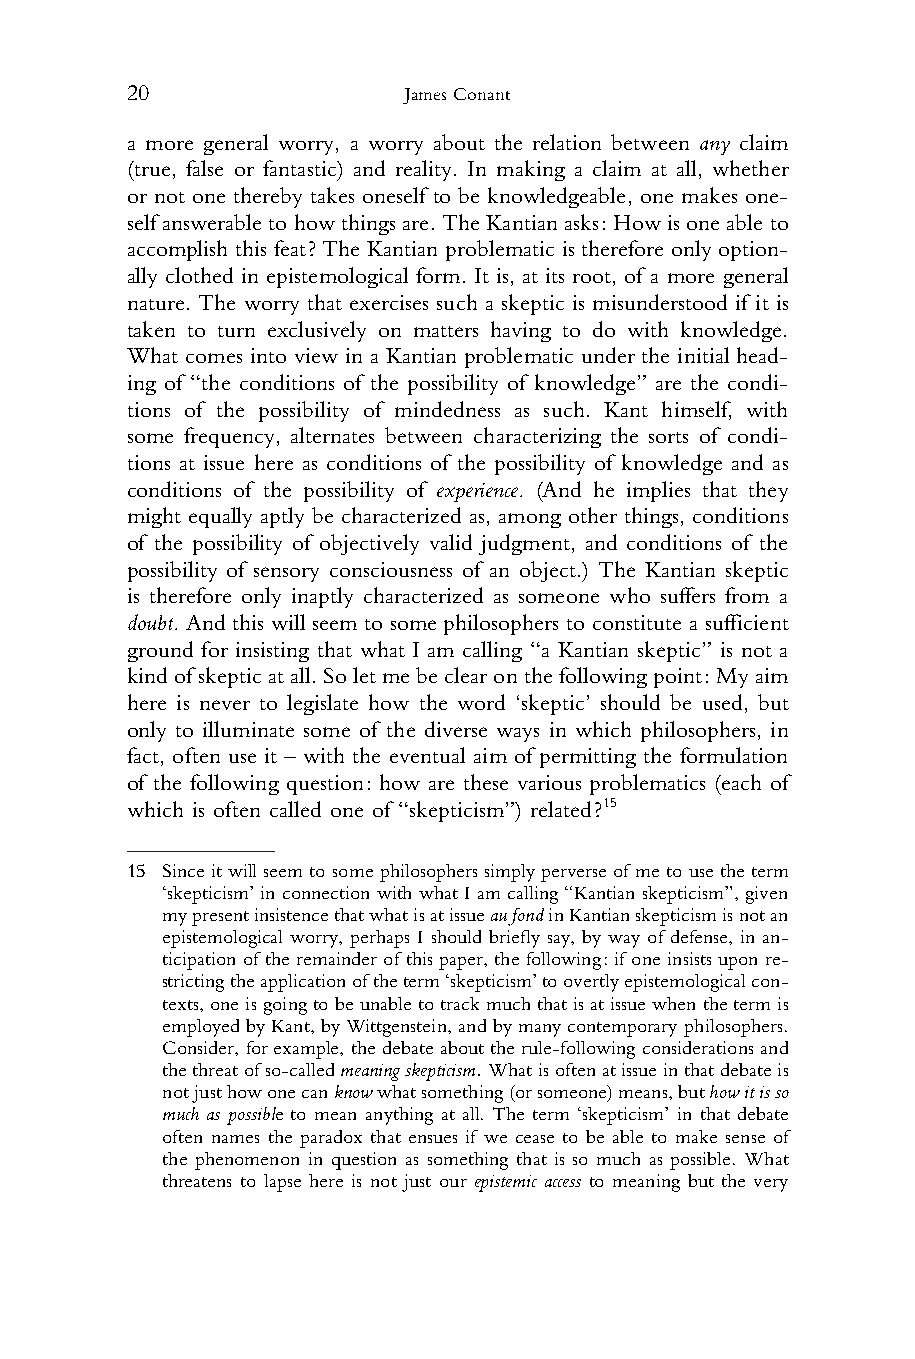
20                 James Conant
 1 a more general worry, a worry about the relation between any claim
 2 (true, false or fantastic) and reality. In making a claim at all, whether
 3 or not one thereby takes oneself to be knowledgeable, one makes one-
 4 selfanswerabletohowthingsare.TheKantianasks:Howisoneableto
 5 accomplish this feat? The Kantian problematic is therefore only option-
 6 ally clothed in epistemological form. It is, at its root, of a more general
 7 nature. The worry that exercises such a skeptic is misunderstood if it is
 8 taken to turn exclusively on matters having to do with knowledge.
 9 What comes into view in a Kantian problematic under the initial head-
 10 ing of “the conditions of the possibility of knowledge” are the condi-
 11 tions of the possibility of mindedness as such. Kant himself, with
 12 some frequency, alternates between characterizing the sorts of condi-
 13 tions at issue here as conditions of the possibility of knowledge and as
 14 conditions of the possibility of experience. (And he implies that they
 15 might equally aptly be characterized as, among other things, conditions
 16 of the possibility of objectively valid judgment, and conditions of the
 17 possibility of sensory consciousness of an object.) The Kantian skeptic
 18 is therefore only inaptly characterized as someone who suffers from a
 19 doubt. And this will seem to some philosophers to constitute a sufficient
 20 ground for insisting that what I am calling “a Kantian skeptic” is not a
 21 kindofskepticatall.Soletmebeclearonthefollowingpoint:Myaim
 22 here is never to legislate how the word ‘skeptic’ should be used, but
 23 only to illuminate some of the diverse ways in which philosophers, in
 24 fact, often use it – with the eventual aim of permitting the formulation
 25 of the following question: how are these various problematics (each of
 26 which is often called one of “skepticism”) related?15
 27
 28
 15 Since itwillseem tosome philosopherssimply perverseofme tousetheterm
 29    ‘skepticism’ in connection withwhat Iam calling“Kantian skepticism”, given
 30    mypresentinsistencethatwhatisatissueaufondinKantianskepticismisnotan
 31    epistemological worry, perhaps I should briefly say, by way of defense, in an-
 ticipationof theremainder of thispaper,thefollowing:ifoneinsistsupon re-
 32
 strictingtheapplicationoftheterm‘skepticism’toovertlyepistemologicalcon-
 33
 texts,oneisgoingtobeunabletotrackmuchthatisatissuewhenthetermis
 34    employedbyKant,byWittgenstein,andbymanycontemporaryphilosophers.
 35    Consider,forexample, thedebateabouttherule-following considerations and
 36    thethreatofso-calledmeaningskepticism.Whatisoftenatissueinthatdebateis
 notjusthowonecanknowwhatsomething(orsomeone)means,buthowitisso
 37
 much as possible to mean anything at all. The term ‘skepticism’ in that debate
 38
 often names the paradox that ensues if we cease to be able to make sense of
 39    the phenomenon in question as something that is so much as possible. What
 40    threatens to lapse here is not just our epistemic access to meaning but the very